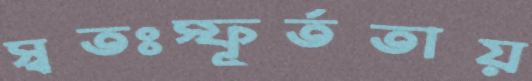
স্বতঃস্ফূর্ততায়